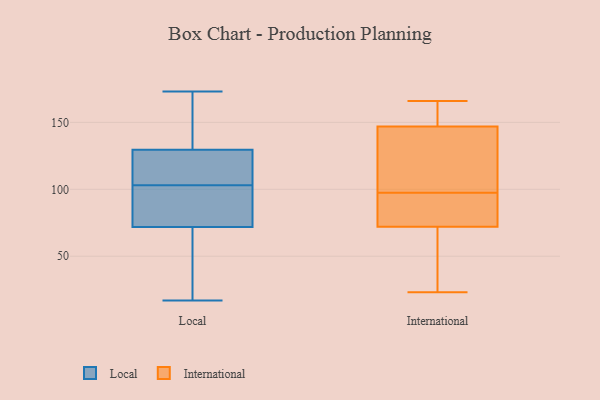
{"axis": {"x": "Gross Profit (USD K)", "y": "Value"}, "legend": ["International", "Local"], "data": [{"x": "", "y": 147, "type": "Local"}, {"x": "", "y": 17, "type": "Local"}, {"x": "", "y": 85, "type": "Local"}, {"x": "", "y": 71, "type": "Local"}, {"x": "", "y": 52, "type": "Local"}, {"x": "", "y": 113, "type": "Local"}, {"x": "", "y": 104, "type": "Local"}, {"x": "", "y": 103, "type": "Local"}, {"x": "", "y": 74, "type": "Local"}, {"x": "", "y": 135, "type": "Local"}, {"x": "", "y": 108, "type": "Local"}, {"x": "", "y": 163, "type": "Local"}, {"x": "", "y": 38, "type": "Local"}, {"x": "", "y": 82, "type": "Local"}, {"x": "", "y": 173, "type": "Local"}, {"x": "", "y": 23, "type": "International"}, {"x": "", "y": 147, "type": "International"}, {"x": "", "y": 96, "type": "International"}, {"x": "", "y": 24, "type": "International"}, {"x": "", "y": 99, "type": "International"}, {"x": "", "y": 123, "type": "International"}, {"x": "", "y": 166, "type": "International"}, {"x": "", "y": 72, "type": "International"}, {"x": "", "y": 156, "type": "International"}, {"x": "", "y": 95, "type": "International"}]}